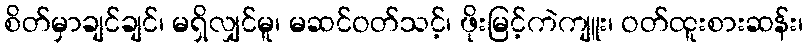
စိတ်မှာချင်ချင်၊ မရှိလျှင်မူ၊ မဆင်ဝတ်သင့်၊ ဖိုးမြင့်ကဲကျူး၊ ဝတ်ထူးစားဆန်း၊